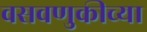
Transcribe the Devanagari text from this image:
वसवणुकीच्या